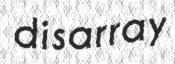
disarray